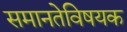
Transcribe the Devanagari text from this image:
समानतेविषयक